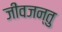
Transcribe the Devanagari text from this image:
जीवजन्तु